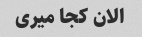
الان کجا میری